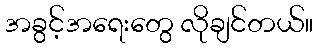
အခွင့်အရေးတွေ လိုချင်တယ်။